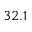
3 2 . 1